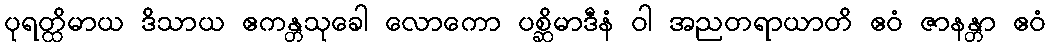
ပုရတ္ထိမာယ ဒိသာယ ဧကန္တသုခေါ လောကော ပစ္ဆိမာဒီနံ ဝါ အညတရာယာတိ ဧဝံ ဇာနန္တာ ဧဝံ